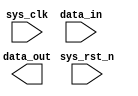
`timescale 1ns / 1ps
//////////////////////////////////////////////////////////////////////////////////
// Company: 
// Engineer: 
// 
// Design Name: 
// Module Name:    sobel_ctrl 
// Project Name: 
// Target Devices: 
// Tool versions: 
// Description: 
//
// Dependencies: 
//
// Revision: 
// Revision 0.01 - File Created
// Additional Comments: 
//
//////////////////////////////////////////////////////////////////////////////////
module sobel_ctrl
(
	input	wire			sys_clk			,
	input	wire			sys_rst_n		,
	input	wire	[15:0]	data_in			,
	
	output	wire	[15:0]	data_out		
);
	parameter	LENGTH_P	=	10'd480	,	//
				WIDTH_P		=	10'd640	;	//
				
	parameter	THRESHOLD	=	8'b0000_1100;	//
	
	parameter	BLACK	=	8'b0000_0000	,	//
				WHITE	=	8'b1111_1111	;	//
				
				
	wire	[15:0]		data_out1;      //fifo1
	wire	[15:0]		data_out2;      //fifo2
	
	reg		[15:0]		data_in_dly	;	//pi_data
	reg		[9:0]		cnt_h	;       //
	reg		[9:0]		cnt_v	;       //
	reg					wr_en1	;       //fifo1
	reg					wr_en2	;       //fifo2
	reg		[15:0]		data_in1;       //fifo1
	reg		[15:0]		data_in2;       //fifo2
	reg					rd_en	;       //fifo1,fifo2
	reg		[15:0]		data_out1_dly	; //fifo1
	reg		[15:0]		data_out2_dly	; //fifo2
	reg					data_out1_flag	; //
	reg					rd_en_dly1		; //,rd_en
	reg					rd_en_dly2		; //a,b,c
	reg					gx_gy_flag		; //gx,gy
	reg					gxy_flag		; //gxy
	reg					compare_flag	; //
	reg		[9:0]		cnt_rd			; //
	reg     [15:0]   	a1          ;		//
	reg     [15:0]   	a2          ;
	reg     [15:0]   	a3          ;
	reg     [15:0]   	b1          ;
	reg     [15:0]   	b2          ;
	reg     [15:0]   	b3          ;
	reg     [15:0]   	c1          ;
	reg     [15:0]   	c2          ;
	reg     [15:0]   	c3          ;   //
	reg     [8:0]   gx          ;
	reg     [8:0]   gy          ;   //gx,gy
	reg     [7:0]   gxy         ;   //gxy
	
	
	
	
	
	
	
	
	
	
	
	
	
	
	
	
	
	
	
	
	
	
	
	
	
	
	
	

endmodule